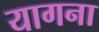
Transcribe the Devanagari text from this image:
यागना